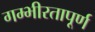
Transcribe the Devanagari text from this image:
गम्भीरतापूर्ण